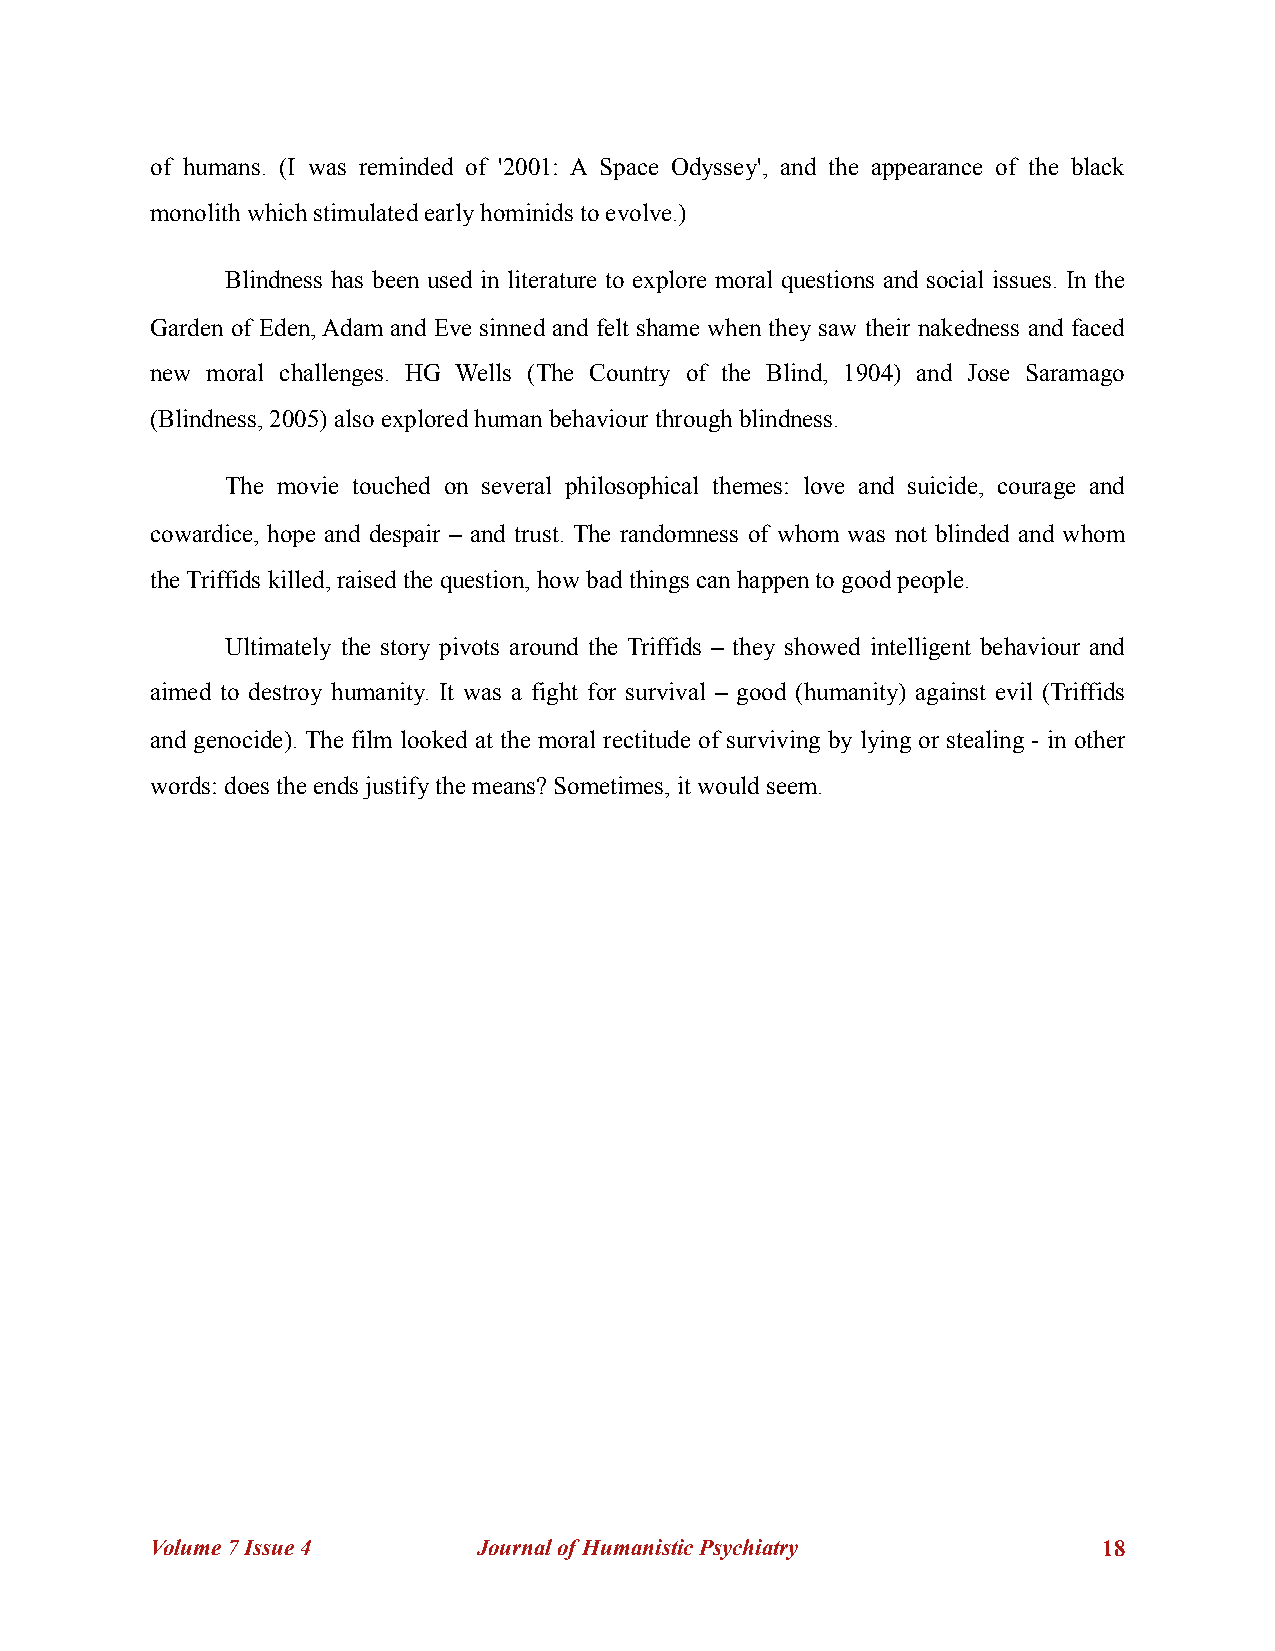
of humans. (I was reminded of '2001: A Space Odyssey', and the appearance of the black
 monolith which stimulated early hominids to evolve.)
 Blindness has been used in literature to explore moral questions and social issues. In the
 Garden of Eden, Adam and Eve sinned and felt shame when they saw their nakedness and faced
 new moral challenges. HG Wells (The Country of the Blind, 1904) and Jose Saramago
 (Blindness, 2005) also explored human behaviour through blindness.
 The movie touched on several philosophical themes: love and suicide, courage and
 cowardice, hope and despair – and trust. The randomness of whom was not blinded and whom
 the Triffids killed, raised the question, how bad things can happen to good people.
 Ultimately the story pivots around the Triffids – they showed intelligent behaviour and
 aimed to destroy humanity. It was a fight for survival – good (humanity) against evil (Triffids
 and genocide). The film looked at the moral rectitude of surviving by lying or stealing - in other
 words: does the ends justify the means? Sometimes, it would seem.
 Volume 7 Issue 4      Journal of Humanistic Psychiatry         !18